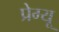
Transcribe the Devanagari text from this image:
प्रेग्यू